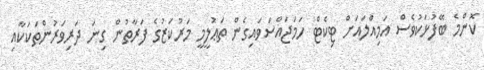
ކޮންމެ ބޭފުޅަކުވެސް އަމިއްލައަށް ޓިކެޓް ހަމަޖައްސަވައިގެން ތަޢުލީމީ މަރުކަޒުގެ ފަރާތުން ގިނަ ދަރިވަރުންތަކަކާއި